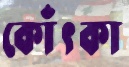
কোঁৎকা